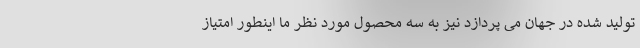
تولید شده در جهان می پردازد نیز به سه محصول مورد نظر ما اینطور امتیاز